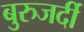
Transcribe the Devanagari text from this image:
बुरुजर्दी